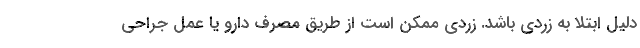
دلیل ابتلا به زردی باشد. زردی ممکن است از طریق مصرف دارو یا عمل جراحی